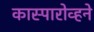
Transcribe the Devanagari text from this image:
कास्पारोव्हने